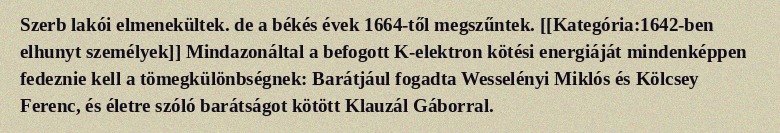
Szerb lakói elmenekültek. de a békés évek 1664-től megszűntek. [[Kategória:1642-ben elhunyt személyek]] Mindazonáltal a befogott K-elektron kötési energiáját mindenképpen fedeznie kell a tömegkülönbségnek: Barátjául fogadta Wesselényi Miklós és Kölcsey Ferenc, és életre szóló barátságot kötött Klauzál Gáborral.